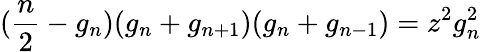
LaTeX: (\frac{n}{2}-g_{n})(g_{n}+g_{n+1})(g_{n}+g_{n-1})=z^{2}g_{n}^{2}